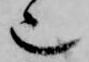
也